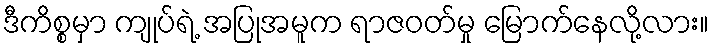
ဒီကိစ္စမှာ ကျုပ်ရဲ့ အပြုအမူက ရာဇဝတ်မှု မြောက်နေလို့လား။